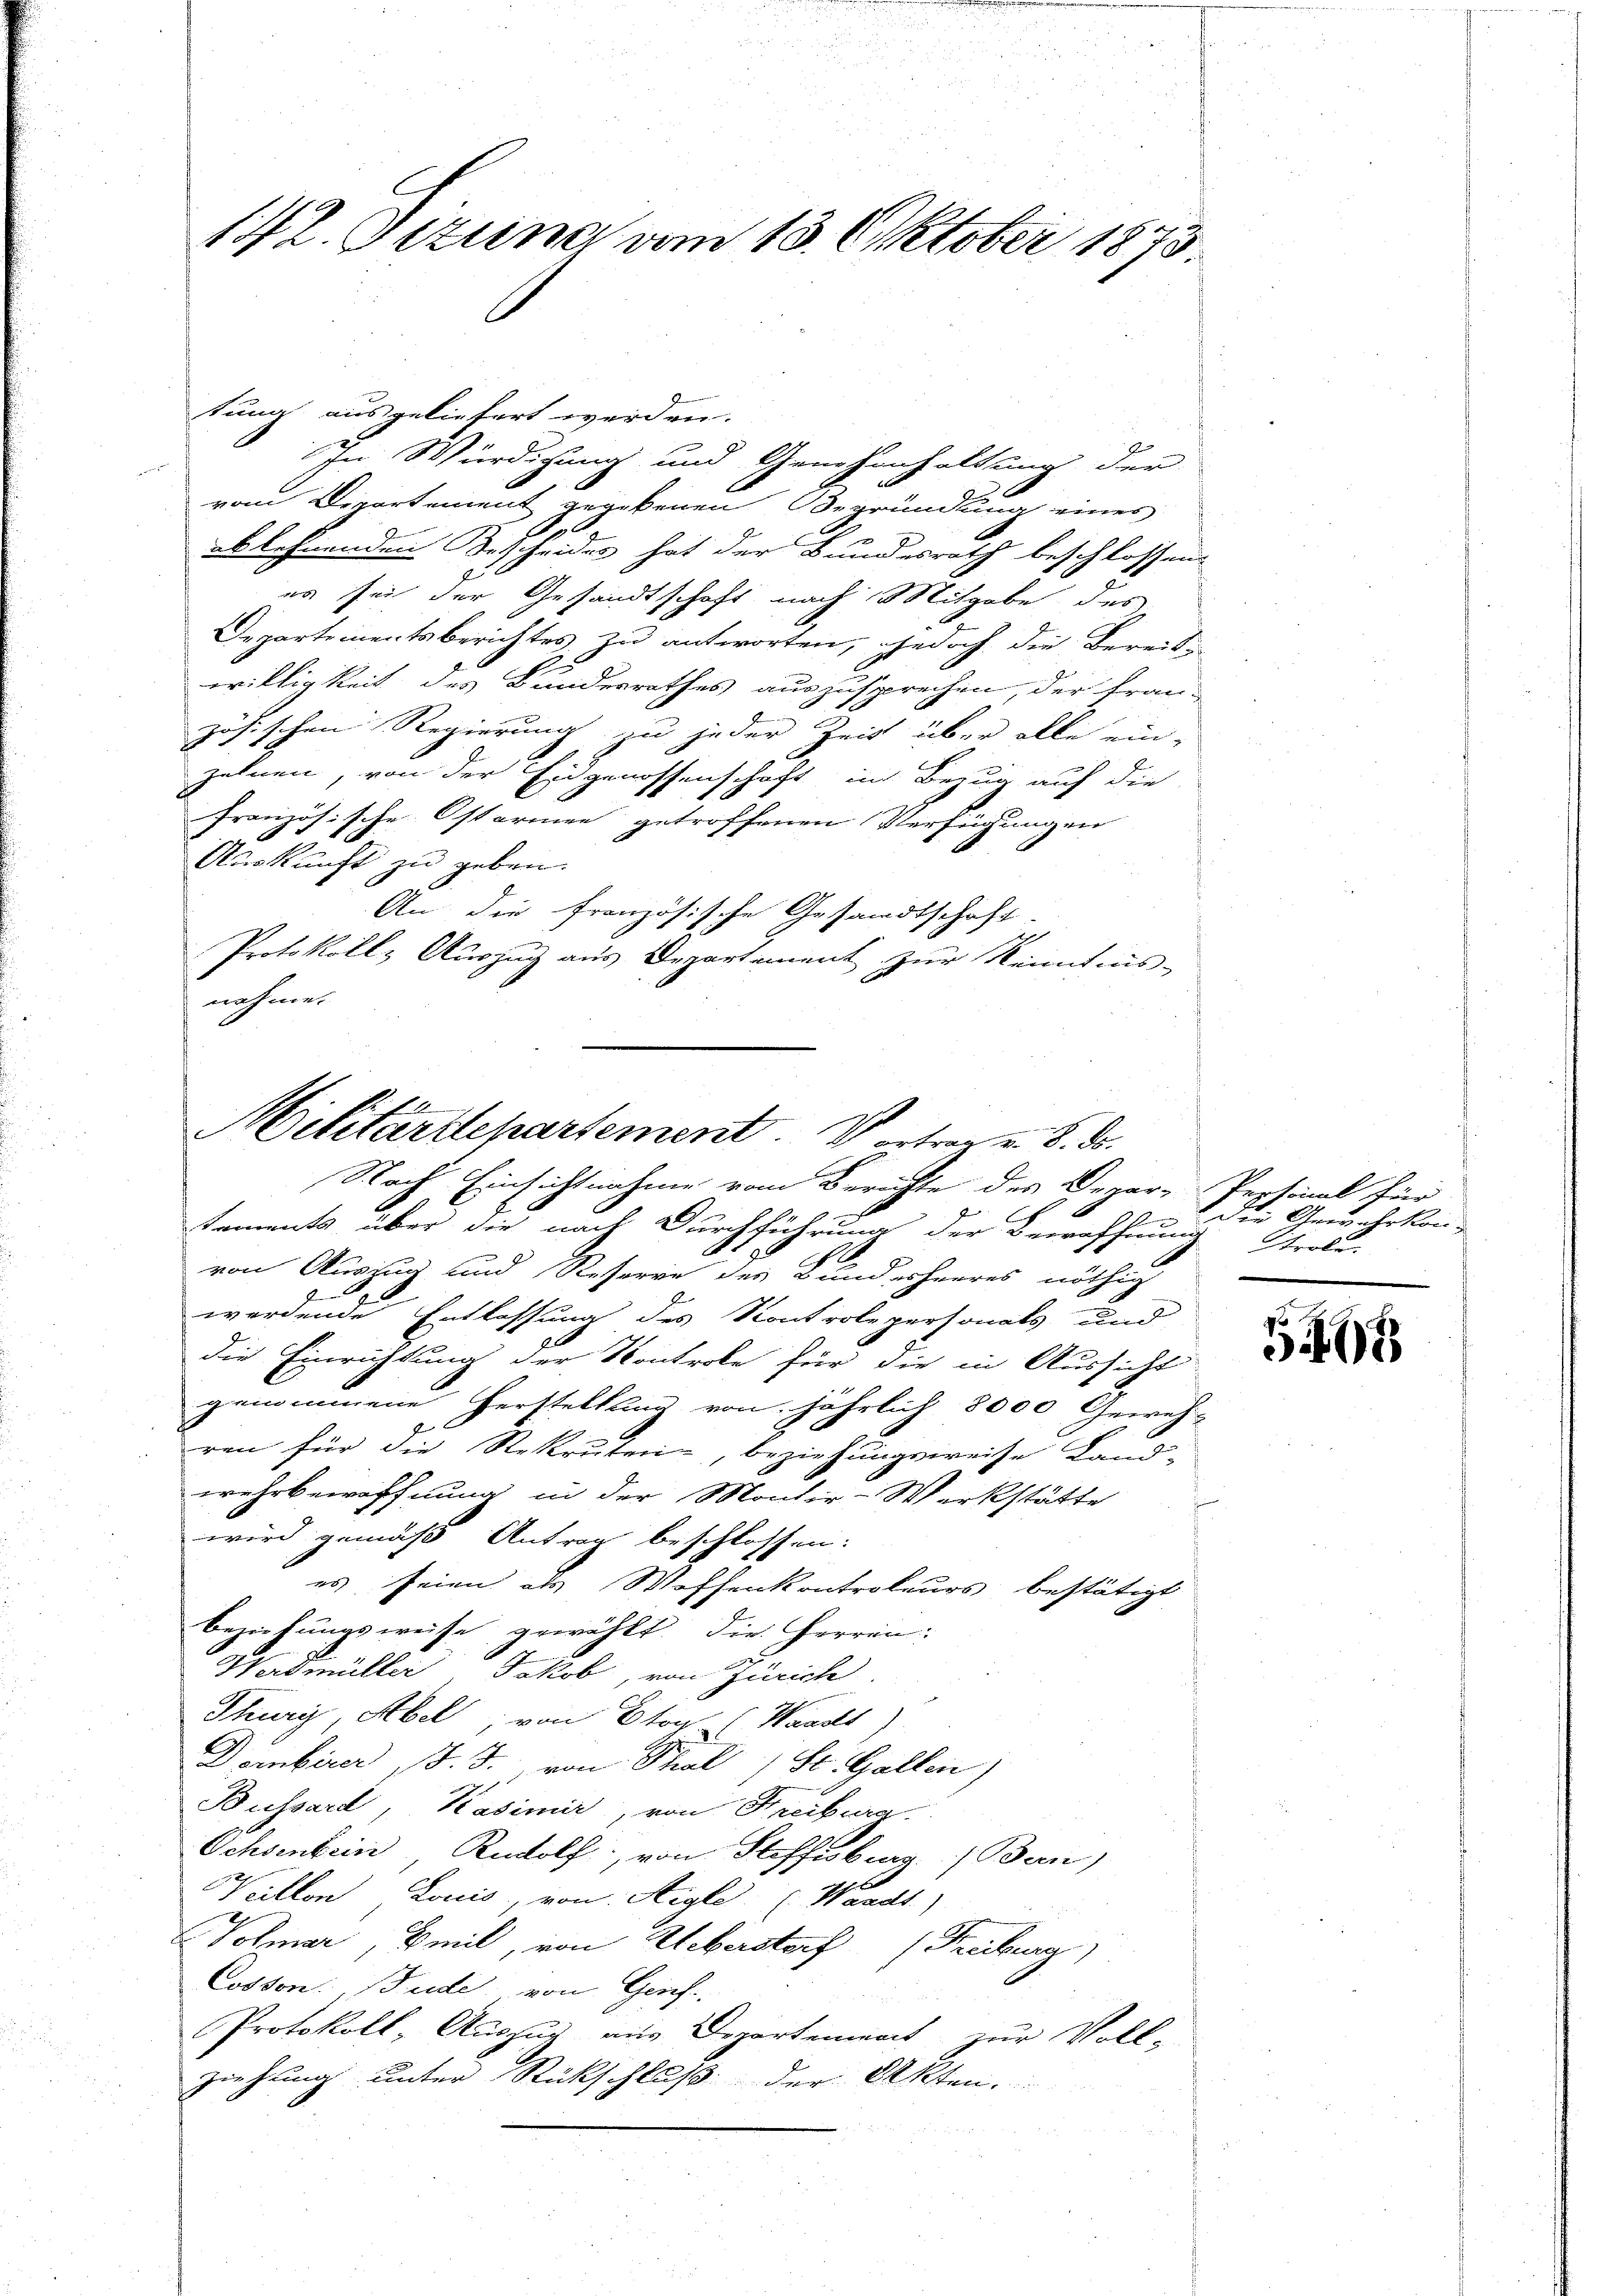
142. Jezuna vom 13. Oktober 1873.

tung ausgeliefert werden.
In Würdigung und Genehmhaltung der
vom Departement gegebenen Begründung eines
E
ablehnenden Bescheides hat der Bundesrath beschlossen:
es sei der Gesandtschaft nach Mitgabe des
Departementsberichtes zu antworten, jedoch die Bereiten
willigkeit des Bundesrathes auszusprechen, der Fran-
zösischen Regierung zu jeder Zeit über alle ein-
zelnen, von der Eidgenossenschaft im Bezug auf die
französische Ostarmen getroffenen Verfügungen
Auskunft zu geben.
An die französische Gesandtschaft.
Protokolls Auszug aus Departement zur Kenntnis-
nehme.

Militärtlepartement Vortrag v. 8. ds.

Nach Einsichtnahme vom Berichte des Depar-Personal für
E
taments über die nach Durchführung der Bewohnung Probe-
von Auszug und Reserre des Bundesheeres nöthig
werdende Entlassung des Kontrolepersonats und
die Einrichtung der Kontrole für die in Aussicht
genommene Herstellung von jährlich 8000 Gewehr-
ren für die Rekruten, beziehungsweise Land-
wehrbewöffnung in der Montir-Werkstätte
wird gemäß Antrag beschlossen:
es seien als Waffenkontroleurs bestätigt
beziehungsweise gewählt. Die Herren:
Werdmüller Jakob, von Zürich
Thurg, Abel; von Boy ( Wandls
Dembirer J. J. von Thal 1 St. Gallen)
Bussard, Kasimir, von Freiburg
Ochsenbein Rudolf, von Steffisburg.  Ban)
Vaillon Louis, von Aigle (Waadt,
Volmer, Beil, von Ueberstorf (Freiburg)
Cosson: Bude von Graf.
Protokoll, Auszug aus Departement zur Voll-
ziehung unter Rückschluß der Akten.

die Gewehrkon¬

1406